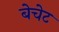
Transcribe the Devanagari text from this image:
बेचेट